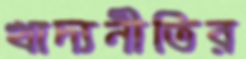
খাদ্যনীতির